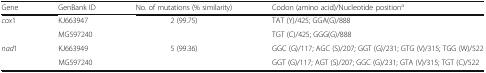
<table><thead><tr><td><b>Gene</b></td><td><b>GenBank ID</b></td><td><b>No. of mutations (% similarity)</b></td><td><b>Codon (amino acid)/Nucleotide position<sup>a</sup></b></td></tr></thead><tbody><tr><td rowspan="2"><i>cox</i>1</td><td>KJ663947</td><td rowspan="2">2 (99.75)</td><td>TAT (Y)/425; GGA(G)/888</td></tr><tr><td>MG597240</td><td>TGT (C)/425; GGG(G)/888</td></tr><tr><td rowspan="2"><i>nad</i>1</td><td>KJ663949</td><td rowspan="2">5 (99.36)</td><td>GGC (G)/117; AGC (S)/207; GGT (G)/231; GTG (V)/315; TGG (W)/522</td></tr><tr><td>MG597240</td><td>GGT (G)/117; AGT (S)/207; GGC (G)/231; GTA (V)/315; TGT (C)/522</td></tr></tbody></table>